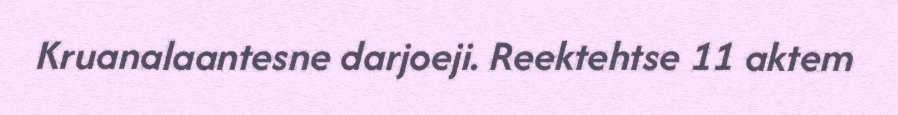
Kruanalaantesne darjoeji. Reektehtse 11 aktem